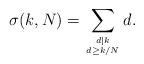
LaTeX: \begin{align*}\sigma(k, N)=\sum_{d|k\atop d\geq k/N}d.\end{align*}